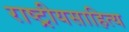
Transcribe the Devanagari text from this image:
राष्ट्रीयसाहित्य